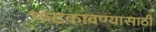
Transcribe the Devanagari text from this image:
फटकावण्यासाठी